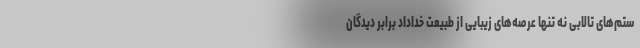
ستم‌های تالابی نه تنها عرصه‌های زیبایی از طبیعت خداداد برابر دیدگان